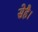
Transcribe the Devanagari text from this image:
सेहै।